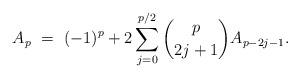
LaTeX: \begin{align*} A_{p} \ = \ (-1)^p + 2\sum_{j=0}^{p/2} \binom{p}{2j+1} A_{p-2j-1}. \end{align*}